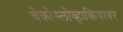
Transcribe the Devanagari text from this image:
चेकोस्लोव्हाकियावर